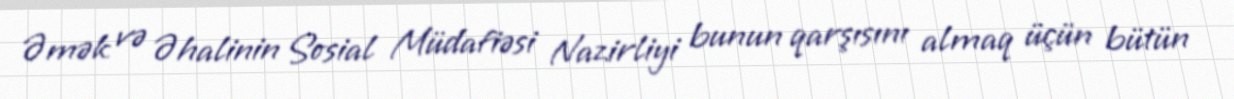
Əmək və Əhalinin Sosial Müdafiəsi Nazirliyi bunun qarşısını almaq üçün bütün